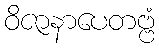
ဝိဇာနာပေတဗ္ဗံ